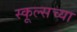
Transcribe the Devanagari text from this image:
स्कूल्सच्या